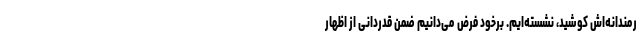
رمندانه‌اش کوشید، نشسته‌ایم. برخود فرض می‌دانیم ضمن قدردانی از اظهار